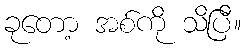
ခုတော့ အစ်ကို သိပြီ။